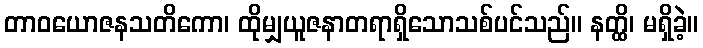
တာဝယောဇနသတိကော၊ ထိုမျှယူဇနာတရာရှိသောသစ်ပင်သည်။ နတ္ထိ၊ မရှိခဲ့။